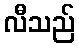
လီသည်